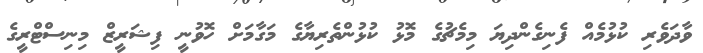
ވާދަވެރި ކުޅުމެއް ފެނިގެންދިޔަ މިމެޗުގެ މޮޅު ކުޅުންތެރިޔާގެ މަގާމަށް ހޮވުނީ ފިޝަރީޒް މިނިސްޓްރީގެ